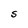
Character: S